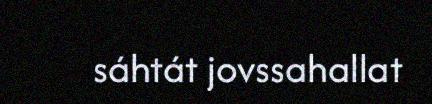
sáhtát jovssahallat